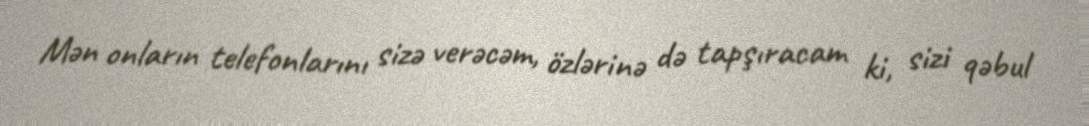
Mən onların telefonlarını sizə verəcəm, özlərinə də tapşıracam ki, sizi qəbul